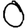
Digit: 0